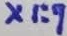
Text: X1:9